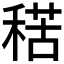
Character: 𥟾